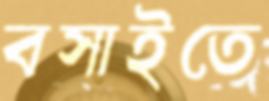
বসাইতে